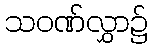
သဝဏ်လွှာ၌